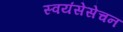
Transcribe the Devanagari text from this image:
स्वयंसेसेचन